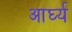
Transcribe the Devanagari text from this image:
आर्घ्य